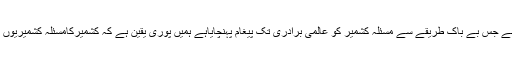
انہوں نے کہاکہ آپ کی جماعت نے جس بے باک طریقے سے مسئلہ کشمیر کو عالمی برادری تک پیغام پہنچایاہے ہمیں پوری یقین ہے کہ کشمیرکامسئلہ کشمیریوں کے امنگوں کے مطابق حل ہوگا۔